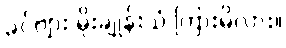
ခင်ဗျား မိုးချုန်းသံ ကြားမိလား။